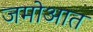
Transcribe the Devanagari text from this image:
जमोआत